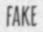
FAKE